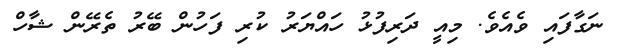
ނަގާފައި ވެއެވެ. މިއީ ދަރިފުޅު ހައްޔަރު ކުރި ފަހުން ބޭރު ތެރޭން ޝާހް